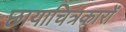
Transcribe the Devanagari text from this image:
छायाचित्रकारों